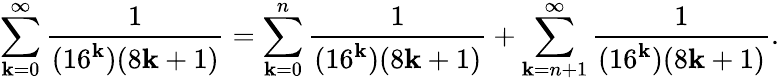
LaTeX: \sum_{\mathbf{k}=0}^{\infty}{\frac{{1}}{{(16^{\mathbf{k}})(8\mathbf{k}+1)}}}=\sum_{\mathbf{k}=0}^{n}{\frac{{1}}{{(16^{\mathbf{k}})(8\mathbf{k}+1)}}}+\sum_{\mathbf{k}=n+1}^{\infty}{\frac{{1}}{{(16^{\mathbf{k}})(8\mathbf{k}+1)}}}.